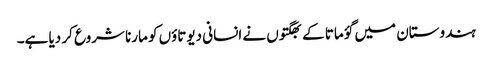
ہندوستان میں گؤ ماتا کے بھگتوں نے انسانی دیوتاؤں کو مارنا شروع کر دیا ہے۔